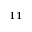
^ { 1 1 }